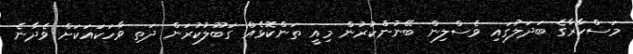
މަސްކާރާގެ ބަދަލުގައި ވެސްލިން ބޭނުންކުރުން މިއީ ތަންކޮޅެއް ގަބޫލުކުރަން ދަތި ވާހަކައަކަށް ވެދާނެ